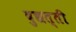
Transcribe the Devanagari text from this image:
दुछत्ती